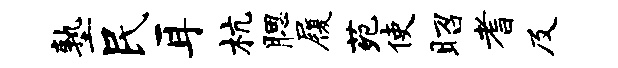
塾民耳杭腮履苑使昭耆及